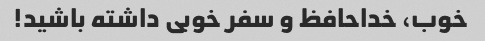
خوب، خداحافظ و سفر خوبی داشته باشید!